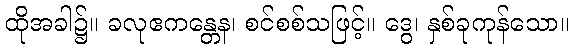
ထိုအခါ၌။ ခလုဧကန္တေန၊ စင်စစ်သဖြင့်။ ဒွေ၊ နှစ်ခုကုန်သော။